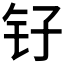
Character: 𫓦